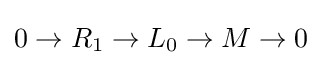
0\to R_{1}\to L_{0}\to M\to 0